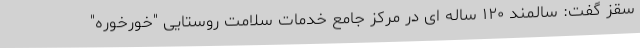
سقز گفت: سالمند ۱۲۰ ساله ای در مرکز جامع خدمات سلامت روستایی "خورخوره"